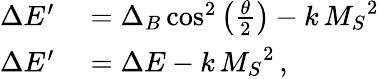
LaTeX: \begin{array}{rl}{\Delta E^{\prime}}&{{}=\Delta_{B}\cos^{2}\left(\frac{\theta}{2}\right)-k\, {M_{S}}^{2}}\\ {\Delta E^{\prime}}&{{}=\Delta E-k\, {M_{S}}^{2}\, ,}\end{array}